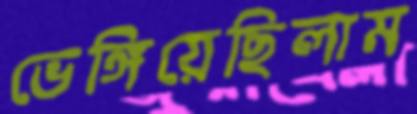
ভেঙ্গিয়েছিলাম